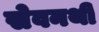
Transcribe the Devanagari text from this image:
सेवनथी